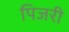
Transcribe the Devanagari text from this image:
पिजरी